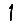
Digit: 1